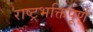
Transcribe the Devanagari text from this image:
राष्ट्रभक्तिपूर्ण